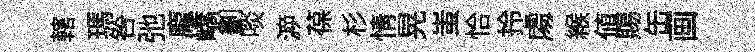
轄瑪咎弛龐嶠劃啖㴑葆杉情晃蚩恰拎䖏緱値賜缶画